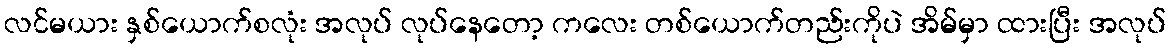
လင်မယား နှစ်ယောက်စလုံး အလုပ် လုပ်နေတော့ ကလေး တစ်ယောက်တည်းကိုပဲ အိမ်မှာ ထားပြီး အလုပ်